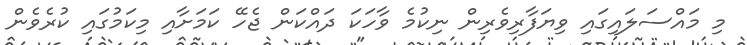
މި މައްސަލައިގައި ވިޔަފާރިވެރިން ނިކުމެ ވާހަކަ ދައްކަން ޖެހޭ ކަމަށާއި މިކަމުގައި ކުރެވެން